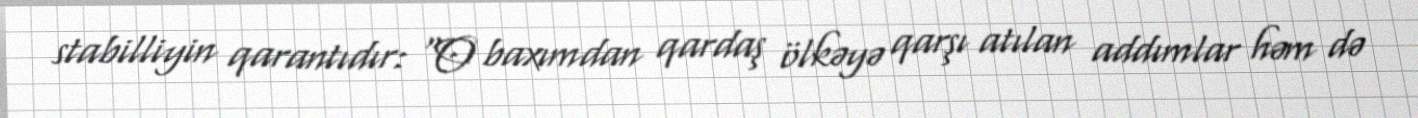
stabilliyin qarantıdır: “O baxımdan qardaş ölkəyə qarşı atılan addımlar həm də